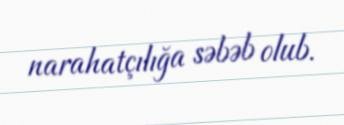
narahatçılığa səbəb olub.